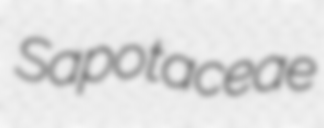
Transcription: Sapotaceae